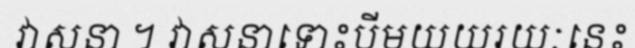
វាសនា ។ វាសនាទោះបីមយយរយៈនេះ